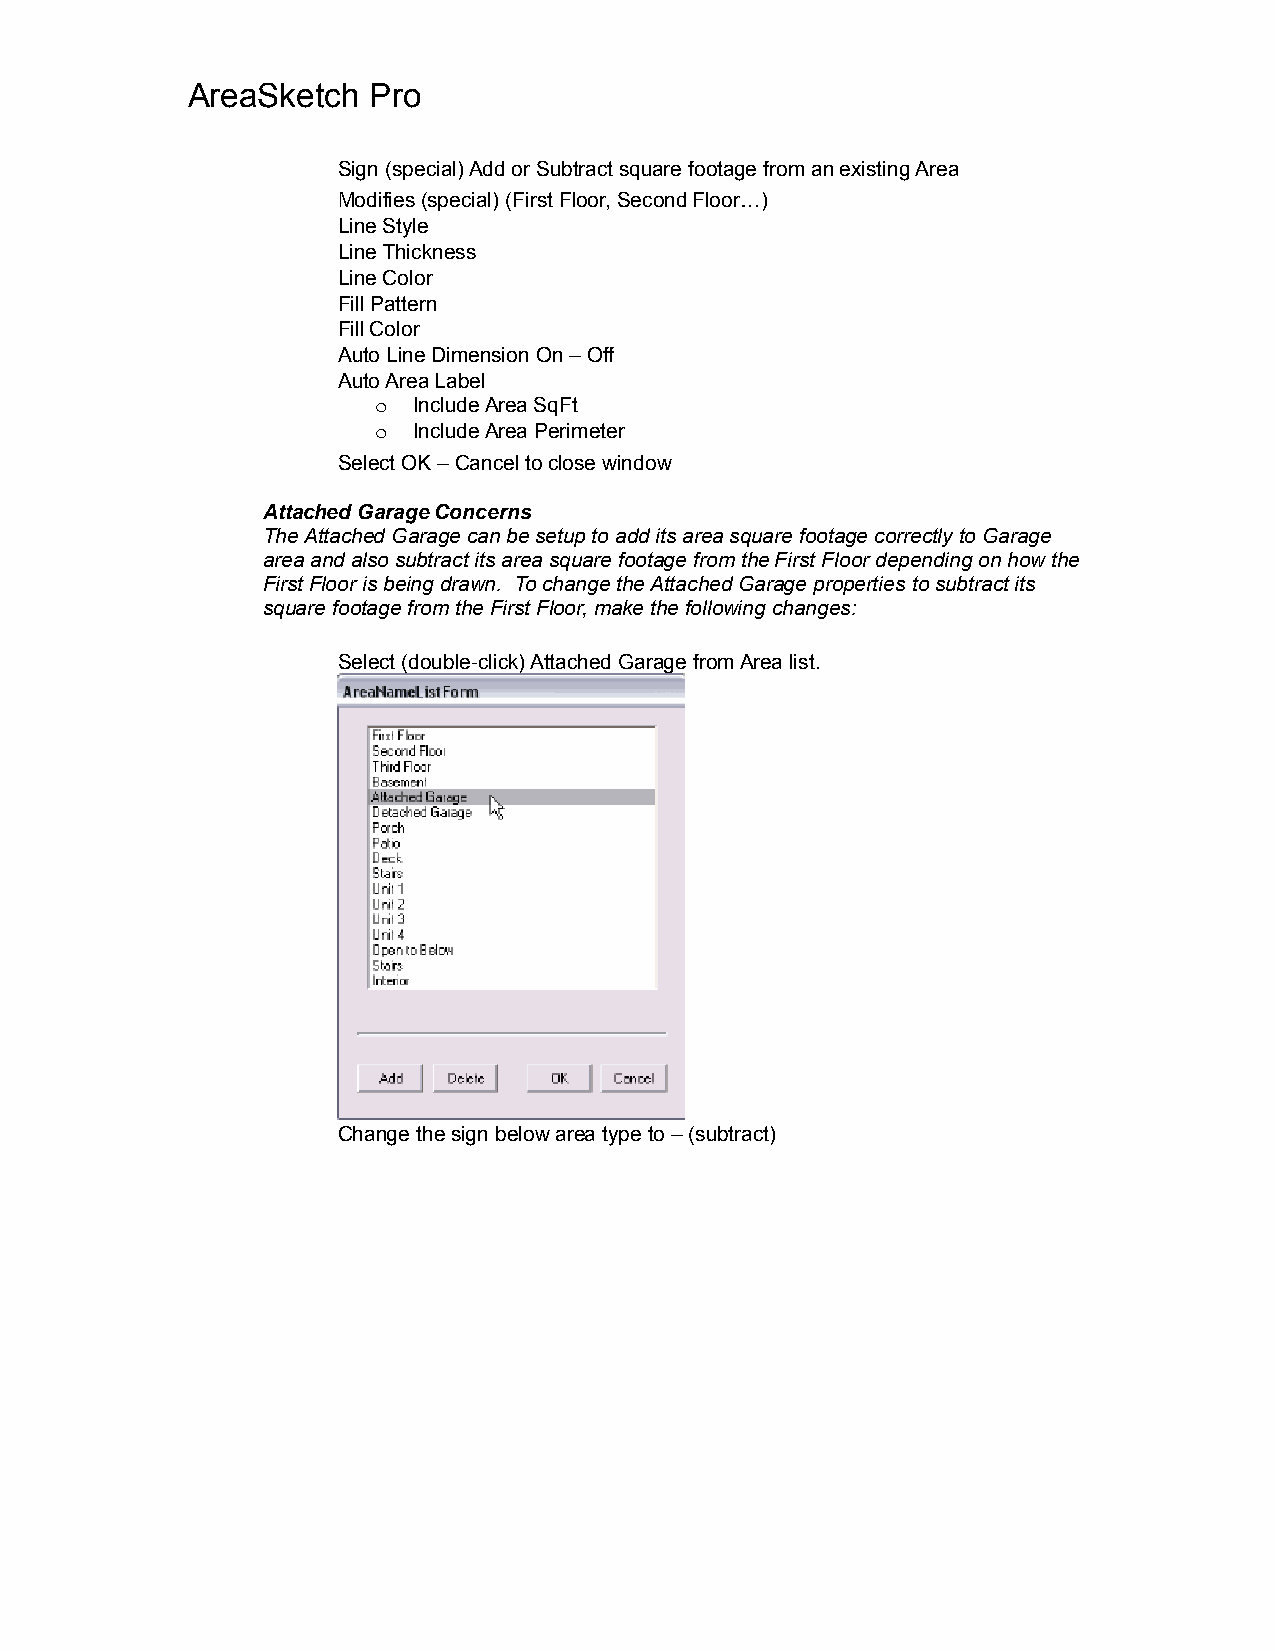
AreaSketch  Pro
 Sign (special) Add or Subtract square footage from an existing Area
 Modifies (special) (First Floor, Second Floor…)
 Line Style
 Line Thickness
 Line Color
 Fill Pattern
 Fill Color
 Auto Line Dimension On – Off
 Auto Area Label
 o Include Area SqFt
 o Include Area Perimeter
 Select OK – Cancel to close window
 Attached Garage Concerns
 The Attached Garage can be setup to add its area square footage correctly to Garage
 area and also subtract its area square footage from the First Floor depending on how the
 First Floor is being drawn. To change the Attached Garage properties to subtract its
 square footage from the First Floor, make the following changes:
 Select (double-click) Attached Garage from Area list.
 Change the sign below area type to – (subtract)